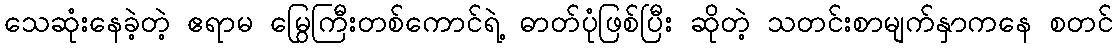
သေဆုံးနေခဲ့တဲ့ ဧရာမ မြွေကြီးတစ်ကောင်ရဲ့ ဓာတ်ပုံဖြစ်ပြီး ဆိုတဲ့ သတင်းစာမျက်နှာကနေ စတင်